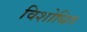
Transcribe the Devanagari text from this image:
विशोधित